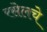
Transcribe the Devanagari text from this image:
रसेलचे